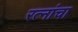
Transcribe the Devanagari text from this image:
रत्नांचा